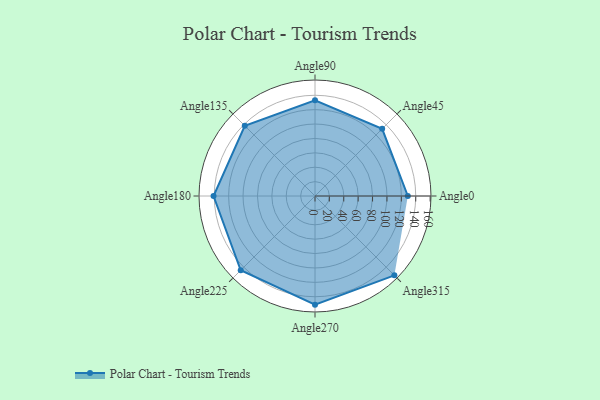
{"axis": {"x": "Angle", "y": "Radius"}, "legend": [""], "data": [{"x": "Angle0", "y": 129.0, "type": ""}, {"x": "Angle45", "y": 132.0, "type": ""}, {"x": "Angle90", "y": 133.0, "type": ""}, {"x": "Angle135", "y": 138.0, "type": ""}, {"x": "Angle180", "y": 141.0, "type": ""}, {"x": "Angle225", "y": 146.0, "type": ""}, {"x": "Angle270", "y": 151.0, "type": ""}, {"x": "Angle315", "y": 156.0, "type": ""}]}